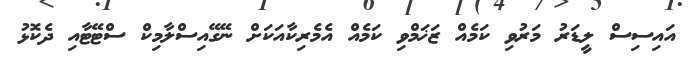
އައިސިސް ލީޑަރު މަރުވި ކަމެއް ޒަޚަމްވި ކަމެއް އެމެރިކާއަކަށް ނޭގޭއިސްލާމިކް ސްޓޭޓާއި ދެކޮޅު